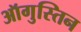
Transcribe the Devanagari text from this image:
ऑगुस्तिन